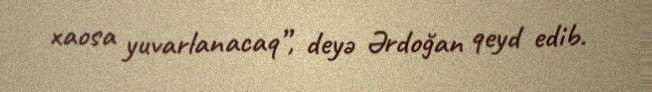
xaosa yuvarlanacaq”, deyə Ərdoğan qeyd edib.